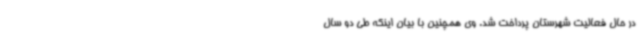
در حال فعالیت شهرستان پرداخت شد. وی همچنین با بیان اینکه طی دو سال